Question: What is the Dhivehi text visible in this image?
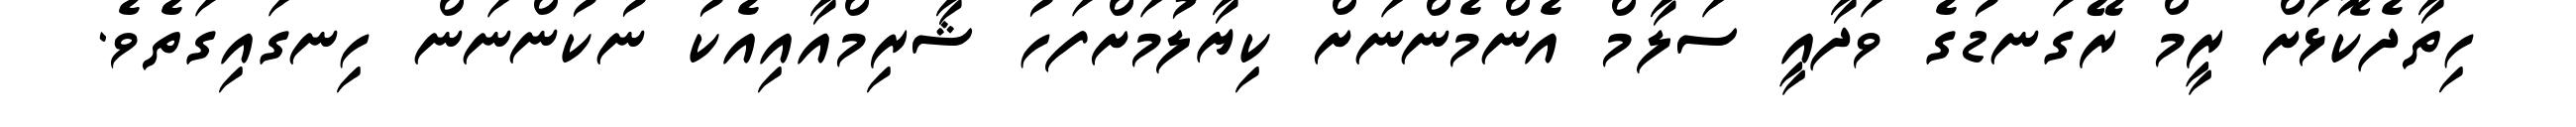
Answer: ހިތާދެކޮޅަށް ރީމް ރޭގަނޑުގެ ވަދާއީ ސަލާމް އެންމެންނަށް ކިޔާލުމަށްފަހު ޝާރިމްއާއިއެކު ނުކުންނަން ހިނގައިގަތެވެ.